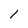
Character: l